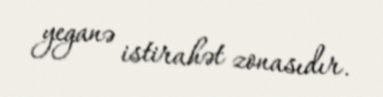
yeganə istirahət zonasıdır.